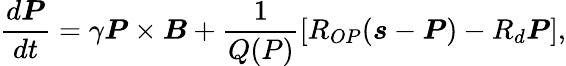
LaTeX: \frac{d\boldsymbol{P}}{dt}=\gamma\boldsymbol{P}\times\boldsymbol{B}+\frac{1}{Q(P)}[R_{OP}(\boldsymbol{s}-\boldsymbol{P})-R_{d}\boldsymbol{P}],